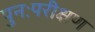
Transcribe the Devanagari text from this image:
पुनःपरीक्षण